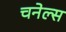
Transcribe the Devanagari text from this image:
चनेल्स